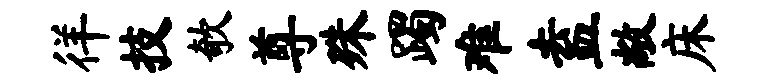
徉技欹尊殊躅难盍敞床